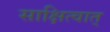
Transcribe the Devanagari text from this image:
साक्षित्वात्